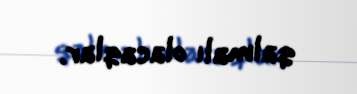
qalmalı olacaqlar.